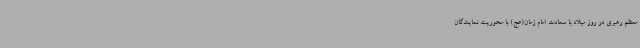
معظم رهبری در روز میلاد با سعادت امام زمان(عج) با محوریت نمایندگان